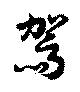
駕